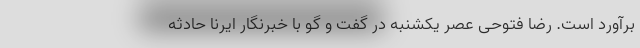
برآورد است. رضا فتوحی عصر یکشنبه در گفت و گو با خبرنگار ایرنا حادثه